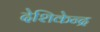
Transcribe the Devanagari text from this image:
देशिकेन्द्र